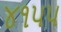
૪૧પપ